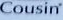
Cousin